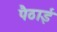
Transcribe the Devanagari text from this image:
पैठाई